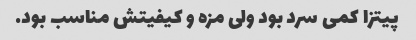
پیتزا کمی سرد بود ولی مزه و کیفیتش مناسب بود.